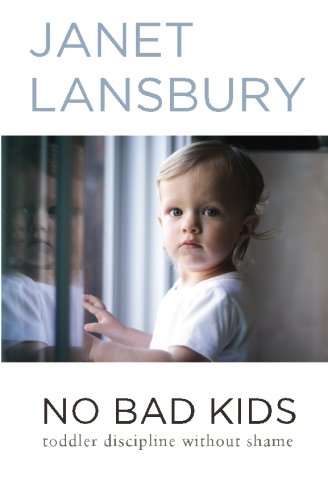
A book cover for No Bad Kids: Toddler Discipline Without Shame; Janet Lansbury; Parenting & Relationships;